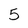
Character: 5